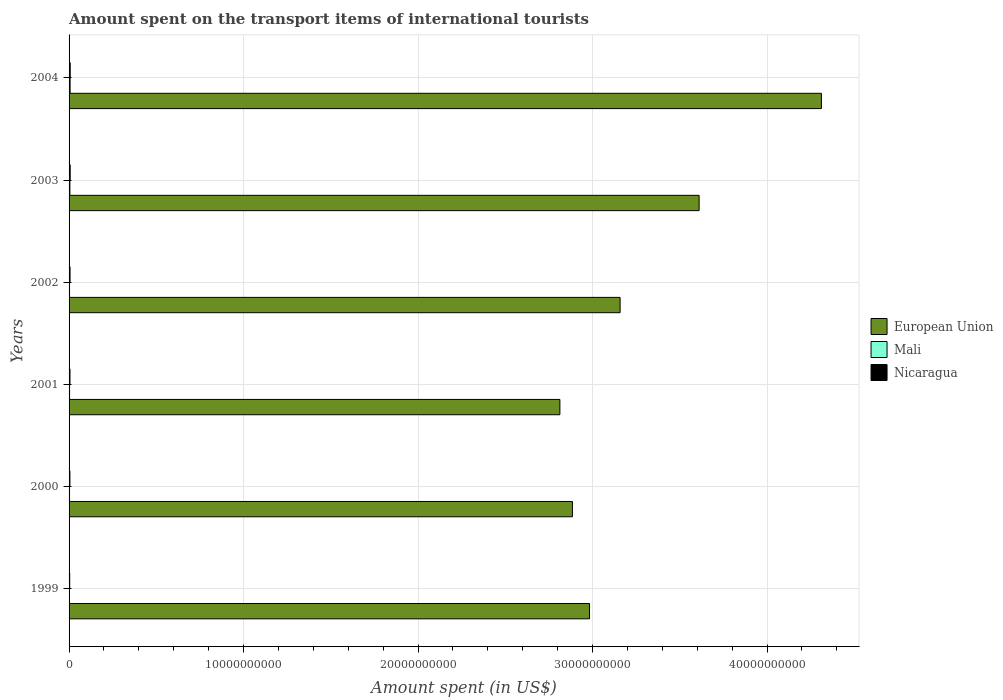
| Years | European Union | Mali | Nicaragua |
 | --- | --- | --- | --- |
 | 1999 | 2.98e+10 | 2.5e+07 | 3.6e+07 |
 | 2000 | 2.88e+10 | 2.6e+07 | 4.8e+07 |
 | 2001 | 2.81e+10 | 2.9e+07 | 5.2e+07 |
 | 2002 | 3.16e+10 | 2.6e+07 | 5.6e+07 |
 | 2003 | 3.61e+10 | 4.6e+07 | 6.4e+07 |
 | 2004 | 4.31e+10 | 5.9e+07 | 6.5e+07 |